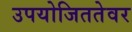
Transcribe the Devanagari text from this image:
उपयोजिततेवर